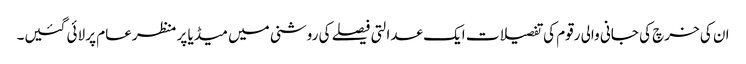
ان کی خرچ کی جانی والی رقوم کی تفصیلات ایک عدالتی فیصلے کی روشنی میں میڈیا پر منظرعام پر لائی گئیں۔